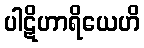
ပါဋိဟာရိယေဟိ